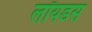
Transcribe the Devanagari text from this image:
लॉयडस